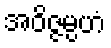
အဝိဇ္ဇမ္ပဟံ